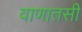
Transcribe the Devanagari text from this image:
वाणातसी